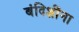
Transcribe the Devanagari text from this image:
बंदिशींना